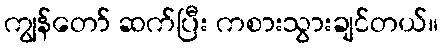
ကျွန်တော် ဆက်ပြီး ကစားသွားချင်တယ်။